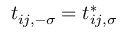
t _ { i j , - \sigma } = t _ { i j , \sigma } ^ { * }